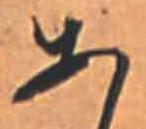
あ